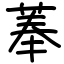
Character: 菶